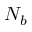
N _ { b }